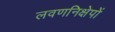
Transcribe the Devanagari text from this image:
लवणनिक्षेपों